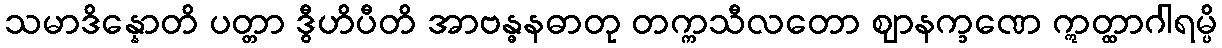
သမာဒိန္နောတိ ပတ္တာ ဒွီဟိပီတိ အာဗန္ဓနဓာတု တက္ကသီလတော ဈာနက္ခဏေ ဣတ္ထာဂါရမ္ပိ